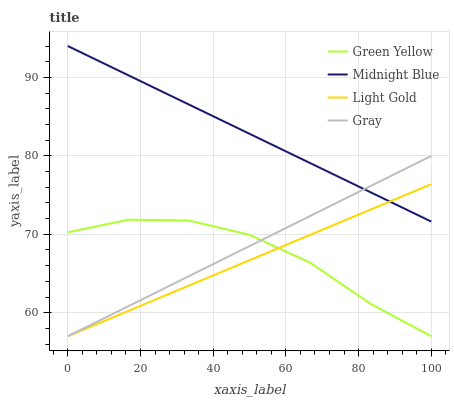
| xaxis_label | Green Yellow | Midnight Blue | Light Gold | Gray |
 | --- | --- | --- | --- | --- |
 | 0 | 70.2 | 94 | 57 | 57 |
 | 16.7 | 71.9 | 90.3 | 60.2 | 60.8 |
 | 33.3 | 71.8 | 86.5 | 63.5 | 64.7 |
 | 50 | 69.9 | 82.8 | 66.7 | 68.5 |
 | 66.7 | 66.4 | 79.1 | 69.9 | 72.3 |
 | 83.3 | 61.1 | 75.3 | 73.2 | 76.2 |
 | 100 | 57 | 71.6 | 76.4 | 80 |